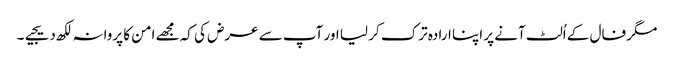
مگر فال کے اُلٹ آنے پر اپنا ارادہ ترک کر لیا اور آپ سے عرض کی کہ مجھے امن کا پروانہ لکھ دیجیے۔